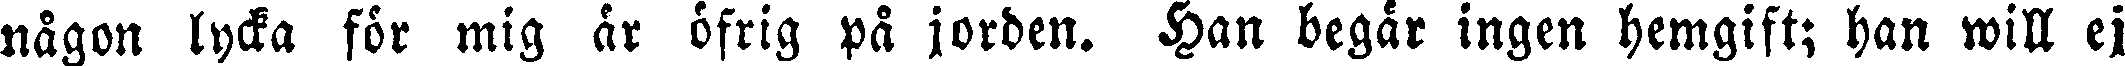
någon lycka för mig dr öfrig på jorden. Han begär ingen hemgift; han will ej